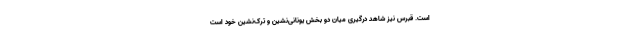
است. قبرس نیز شاهد درگیری میان دو بخش یونانی‌نشین و ترک‌نشین خود است